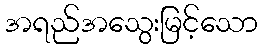
အရည်အသွေးမြင့်သော